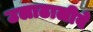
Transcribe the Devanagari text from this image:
उलाढालीवे